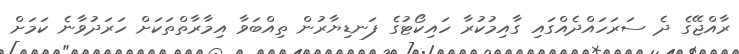
ރާއްޖޭގެ ދެ ސަރަހައްދެއްގައި ގާއިމުކުރާ ހައިކޯޓުގެ ފަނޑިޔާރުން ތިއްބަވާ އިމާރާތްތަކަށް ހަރަދުވާނެ ކަމަށް